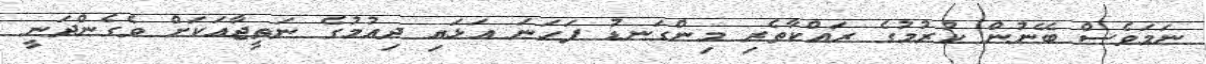
ނަމަވެސް ބޭނުން ކުރުމުގެ ރައްކާތެރި މިންގަނޑު ފަހަނަ އަޅައި ދިއުމުގެ ނަތީޖާއަކަށް ވެގެންދަނީ